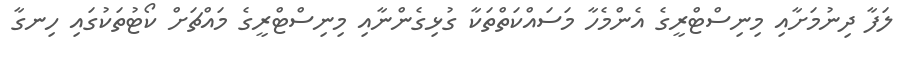
ލަފާ ދިނުމަށާއި މިނިސްޓްރީގެ އެންމެހާ މަސައްކަތްތަކާ ގުޅިގެންނާއި މިނިސްޓްރީގެ މައްޗަށް ކޯޓުތަކުގައި ހިނގާ